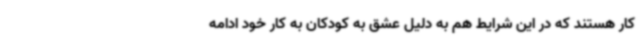
کار هستند که در این شرایط هم به دلیل عشق به کودکان به کار خود ادامه